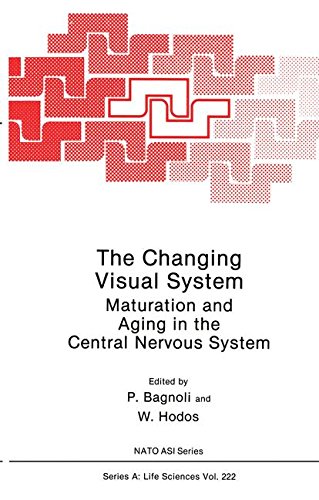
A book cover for The Changing Visual System: Maturation and Aging in the Central Nervous System (Nato Science Series A:) (Volume 222); Engineering & Transportation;